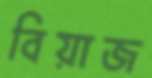
বিয়াজ